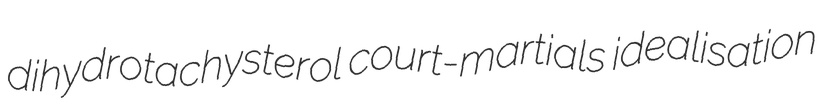
dihydrotachysterol court-martials idealisation